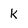
Character: k